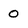
Character: 0